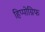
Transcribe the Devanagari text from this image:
हिप्पोग्रिफ